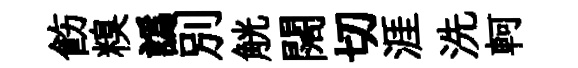
飭糗譌别觥闊切涯洗軻